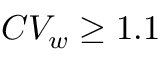
C V _ { w } \ge 1 . 1